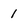
Character: 1